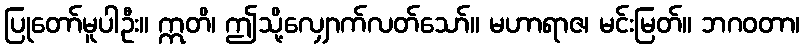
ပြုတော်မူပါဦး။ ဣတိ၊ ဤသို့လျှောက်လတ်သော်။ မဟာရာဇ၊ မင်းမြတ်။ ဘဂဝတာ၊